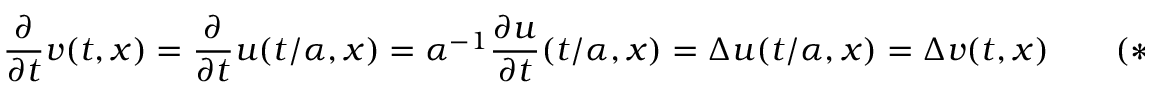
{ \frac { \partial } { \partial t } } v ( t , x ) = { \frac { \partial } { \partial t } } u ( t / \alpha , x ) = \alpha ^ { - 1 } { \frac { \partial u } { \partial t } } ( t / \alpha , x ) = \Delta u ( t / \alpha , x ) = \Delta v ( t , x ) \ \ \ \ \ \ \ \ \ ( * )